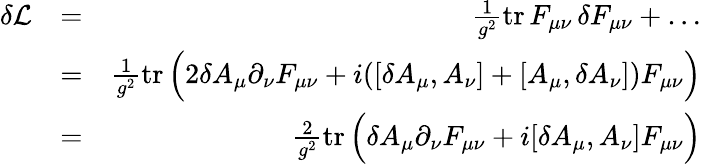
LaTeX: \begin{array}{rlr}{\delta{\cal L}}&{=}&{{\frac{1}{g^{2}}}\mathrm{tr}\, F_{\mu\nu}\, \delta F_{\mu\nu}+\dots}\\ &{=}&{{\frac{1}{g^{2}}}\mathrm{tr}\, \Big(2\delta A_{\mu}\partial_{\nu}F_{\mu\nu}+i([\delta A_{\mu},A_{\nu}]+[A_{\mu},\delta A_{\nu}])F_{\mu\nu}\Big)}\\ &{=}&{{\frac{2}{g^{2}}}\mathrm{tr}\, \Big(\delta A_{\mu}\partial_{\nu}F_{\mu\nu}+i[\delta A_{\mu},A_{\nu}]F_{\mu\nu}\Big)}\end{array}